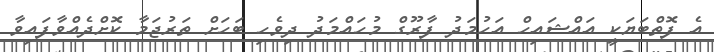
އެ ފޮތްބަޔަކީ އައްޝައިހް އަހުމަދު ފާރޫގް މުހައްމަދު ދިވެހި ބަހަށް ތަރުޖަމާ ކޮށްދެއްވާފައިވާ